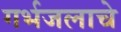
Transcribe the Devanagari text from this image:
गर्भजलाचे